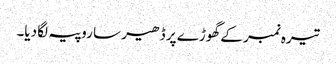
تیرہ نمبر کے گھوڑے پر ڈھیر سا روپیہ لگا دیا۔